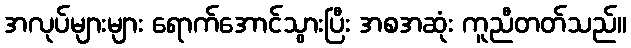
အလုပ်များများ ရောက်အောင်သွားပြီး အစအဆုံး ကူညီတတ်သည်။